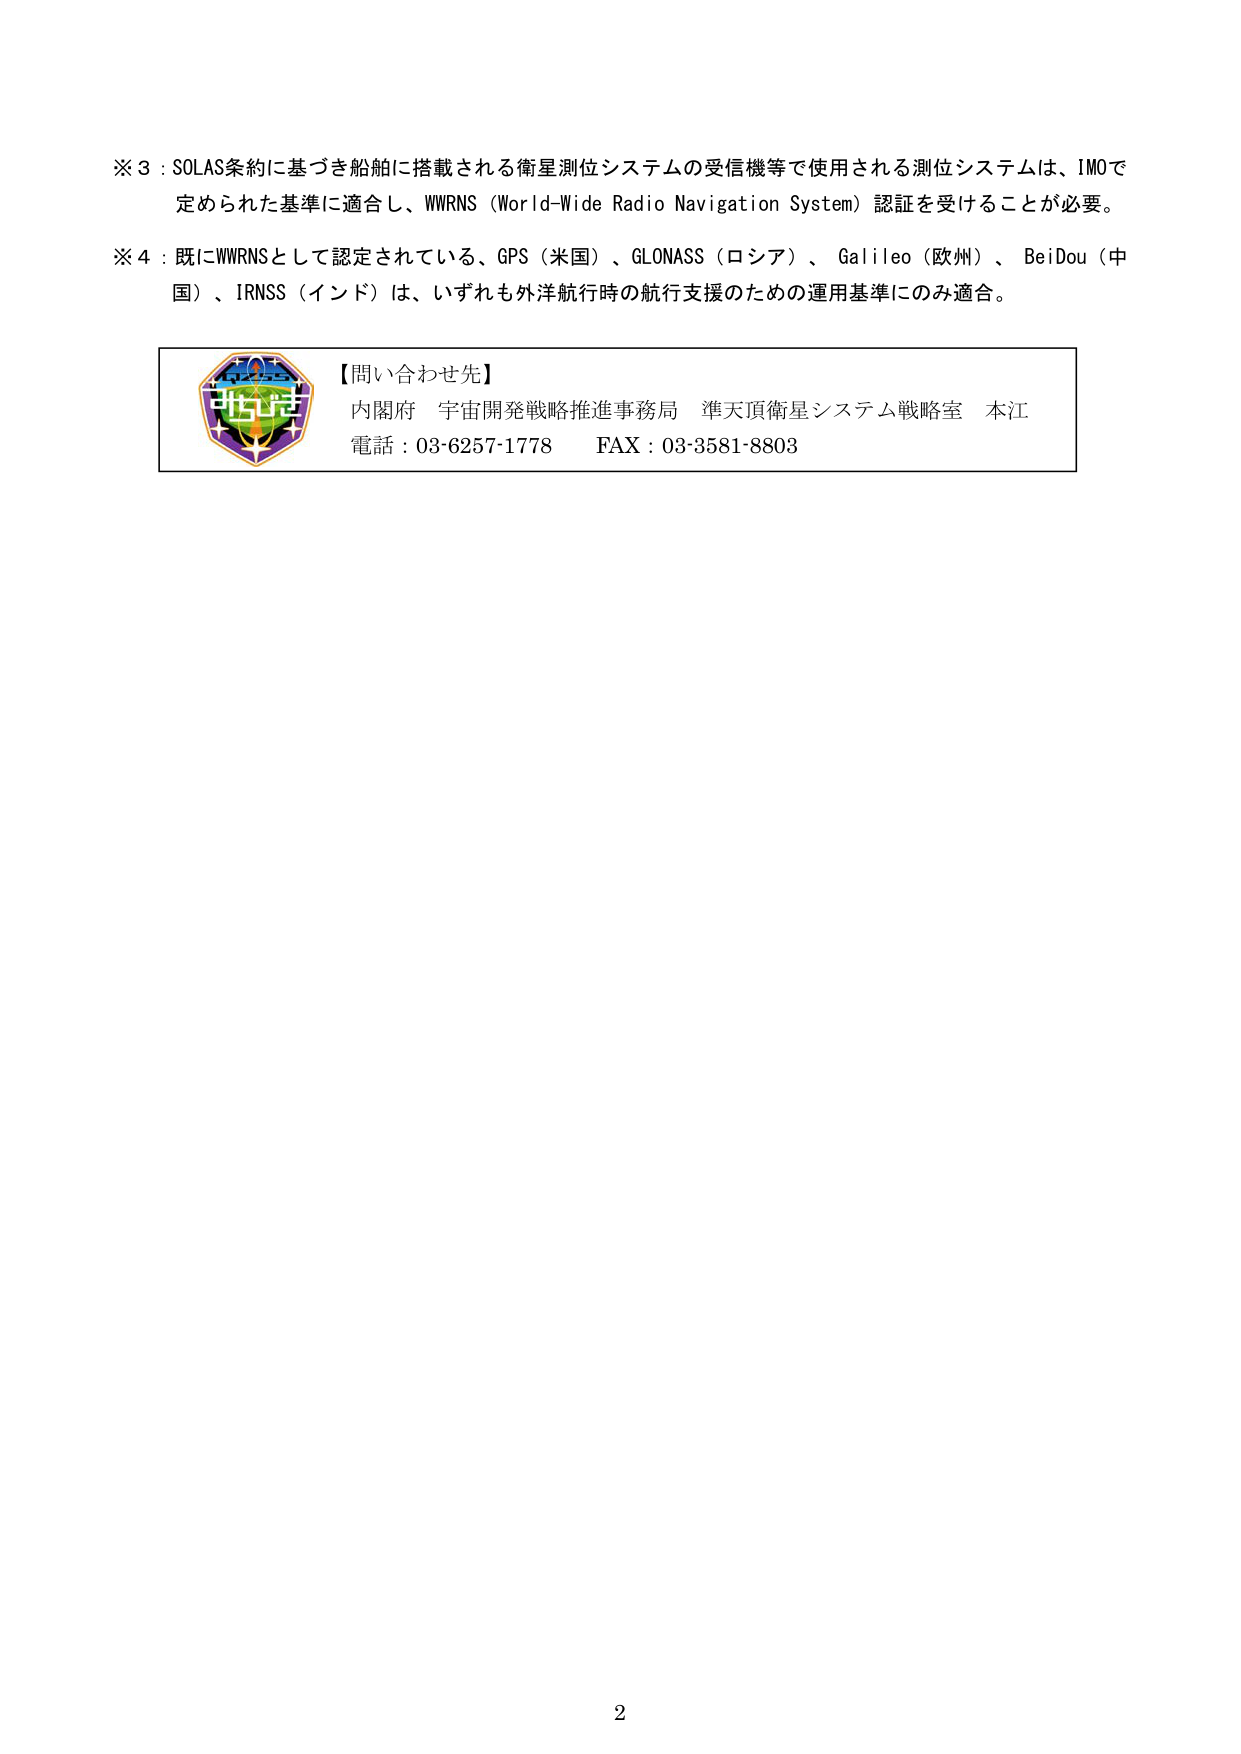
※３：SOLAS条約に基づき船舶に搭載される衛星測位システムの受信機等で使用される測位システムは、IMOで定められた基準に適合し、WWRNS（World-Wide Radio Navigation System）認証を受けることが必要。

※４：既にWWRNSとして認定されている、GPS（米国）、GLONASS（ロシア）、Galileo（欧州）、BeiDou（中国）、IRNSS（インド）は、いずれも外洋航行時の航行支援のための運用基準にのみ適合。

【問い合わせ先】
内閣府 宇宙開発戦略推進事務局 準天頂衛星システム戦略室 本江
電話：03-6257-1778　FAX：03-3581-8803

2